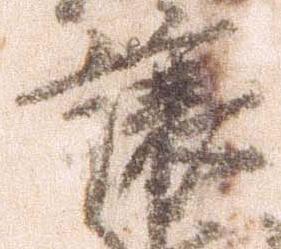
譲